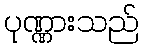
ပုဏ္ဏားသည်